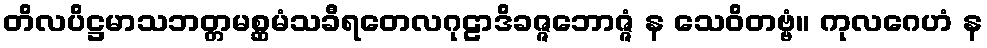
တိလပိဋ္ဌမာသဘတ္တမစ္ဆမံသခီရတေလဂုဠာဒိခဇ္ဇဘောဇ္ဇံ န သေဝိတဗ္ဗံ။ ကုလဂေဟံ န